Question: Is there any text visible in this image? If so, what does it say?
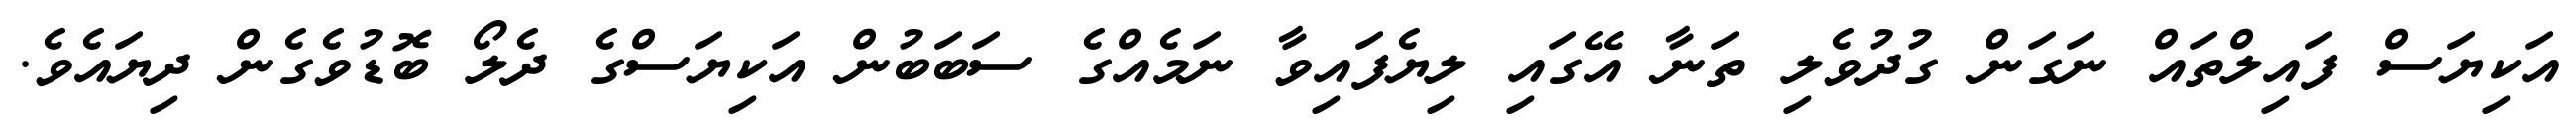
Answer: އަކިޔަސް ފައިލްތައް ނަގަން ގުދުވެލި ތަނާ އޭގައި ލިޔެފައިވާ ނަމެއްގެ ސަބަބުން އަކިޔަސްގެ ދެލޯ ބޮޑުވެގެން ދިޔައެވެ.